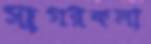
সাগরকলা